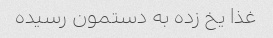
غذا یخ زده به دستمون رسیده